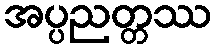
အပ္ပညတ္တဿ